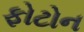
ફોટોન